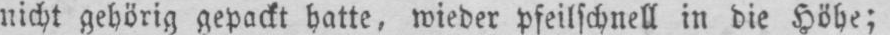
nicht gehörig gepackt hatte, wieder pfeilschnell in die Höhe;